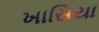
ખાસિયા